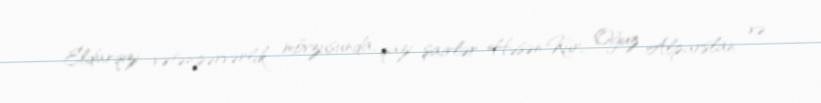
Eldarqızı vətənpərvərlik mövzusunda, qazi şairlər Həsən Kür, Oğuz Alparslan və